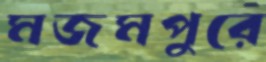
মজমপুরে